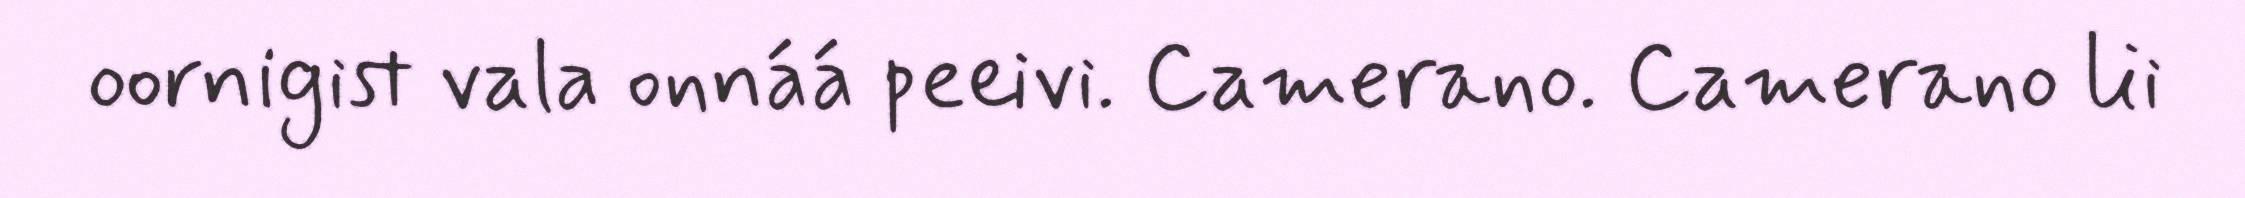
oornigist vala onnáá peeivi. Camerano. Camerano lii